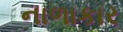
નાળાકાર